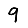
Digit: 9